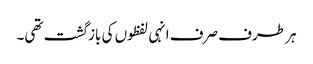
ہر طرف صرف انہی لفظوں کی بازگشت تھی۔